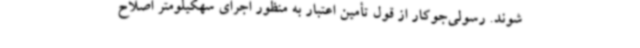
شوند. رسولی‌جوکار از قول تأمین اعتبار به منظور اجرای سهکیلومتر اصلاح